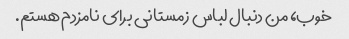
خوب، من دنبال لباس زمستانی برای نامزدم هستم.